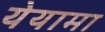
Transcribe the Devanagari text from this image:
येयामा